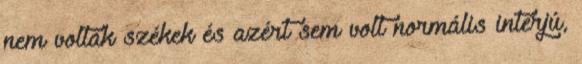
nem voltak székek és azért sem volt normális interjú,